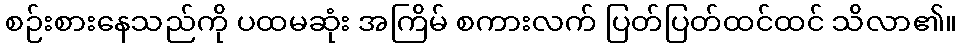
စဉ်းစားနေသည်ကို ပထမဆုံး အကြိမ် စကားလက် ပြတ်ပြတ်ထင်ထင် သိလာ၏။